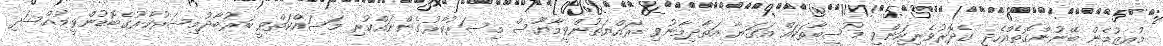
މުއީޒުމެން ބޭނުންގޮތެއްހެދީ ގެދޮރުވެރިކަންވީ މުސީބާތަކައް އަގަޔާ އަތާދިމާނުވި ރައްޔަތުންވީމާޔޫސް މިސަރުކާރުގެންނައްކުރި މަސައްކަތްވީ ބަރުބާދުމިސަރުކާރުގެބޮޑުންވީމުއްސަދި